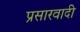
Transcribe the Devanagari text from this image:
प्रसारवादी